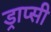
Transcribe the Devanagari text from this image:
ड्राप्सी